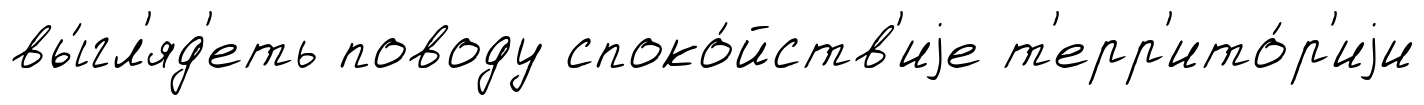
вы́гл'яд'еть поводу споко́йств'иjе т'ерр'ито́р'иjи